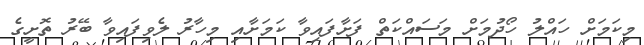
މިކަމަށް ހައްލު ހޯދުމަށް މަސައްކަތް ފަށާފައިވާ ކަމަށާއި މިހާރު ލެވިފައިވާ ބޭރު ތޮށީގެ